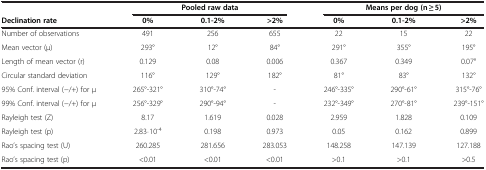
<table><thead><tr><td><b> </b></td><td colspan="3"><b>Pooled raw data</b></td><td colspan="3"><b>Means per dog (n ≥ 5)</b></td></tr><tr><td><b>Declination rate</b></td><td><b>0%</b></td><td><b>0.1-2%</b></td><td><b>&gt;2%</b></td><td><b>0%</b></td><td><b>0.1-2%</b></td><td><b>&gt;2%</b></td></tr></thead><tbody><tr><td>Number of observations</td><td>491</td><td>256</td><td>655</td><td>22</td><td>15</td><td>22</td></tr><tr><td>Mean vector (μ)</td><td>293°</td><td>12°</td><td>84°</td><td>291°</td><td>355°</td><td>195°</td></tr><tr><td>Length of mean vector (r)</td><td>0.129</td><td>0.08</td><td>0.006</td><td>0.367</td><td>0.349</td><td>0.07°</td></tr><tr><td>Circular standard deviation</td><td>116°</td><td>129°</td><td>182°</td><td>81°</td><td>83°</td><td>132°</td></tr><tr><td>95% Conf. interval (-/+) for μ</td><td>265°-321°</td><td>310°-74°</td><td>-</td><td>246°-335°</td><td>290°-61°</td><td>315°-76°</td></tr><tr><td>99% Conf. interval (-/+) for μ</td><td>256°-329°</td><td>290°-94°</td><td>-</td><td>232°-349°</td><td>270°-81°</td><td>239°-151°</td></tr><tr><td>Rayleigh test (Z)</td><td>8.17</td><td>1.619</td><td>0.028</td><td>2.959</td><td>1.828</td><td>0.109</td></tr><tr><td>Rayleigh test (p)</td><td>2.83⋅10<sup>-4</sup></td><td>0.198</td><td>0.973</td><td>0.05</td><td>0.162</td><td>0.899</td></tr><tr><td>Rao’s spacing test (U)</td><td>260.285</td><td>281.656</td><td>283.053</td><td>148.258</td><td>147.139</td><td>127.188</td></tr><tr><td>Rao’s spacing test (p)</td><td>&lt;0.01</td><td>&lt;0.01</td><td>&lt;0.01</td><td>&gt;0.1</td><td>&gt;0.1</td><td>&gt;0.5</td></tr></tbody></table>